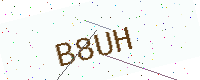
Text: B8UH